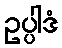
ဥပ္ပါဒံ